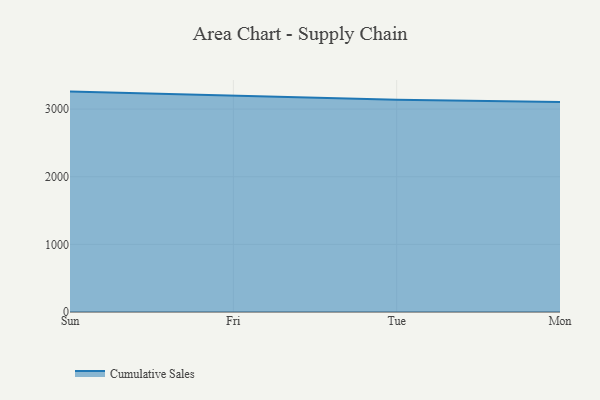
{"axis": {"x": "Day", "y": "Page Views"}, "legend": ["Cumulative Sales"], "data": [{"x": "Sun", "y": 3258.7, "type": "Cumulative Sales"}, {"x": "Fri", "y": 3193.0, "type": "Cumulative Sales"}, {"x": "Tue", "y": 3138.0, "type": "Cumulative Sales"}, {"x": "Mon", "y": 3105.3, "type": "Cumulative Sales"}]}